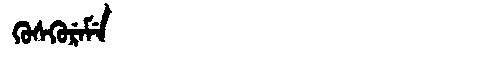
Manchu: ᡴᡠᠰᡴᡠᡵᡝᠮᡝ
Romanization: KUSKUREME